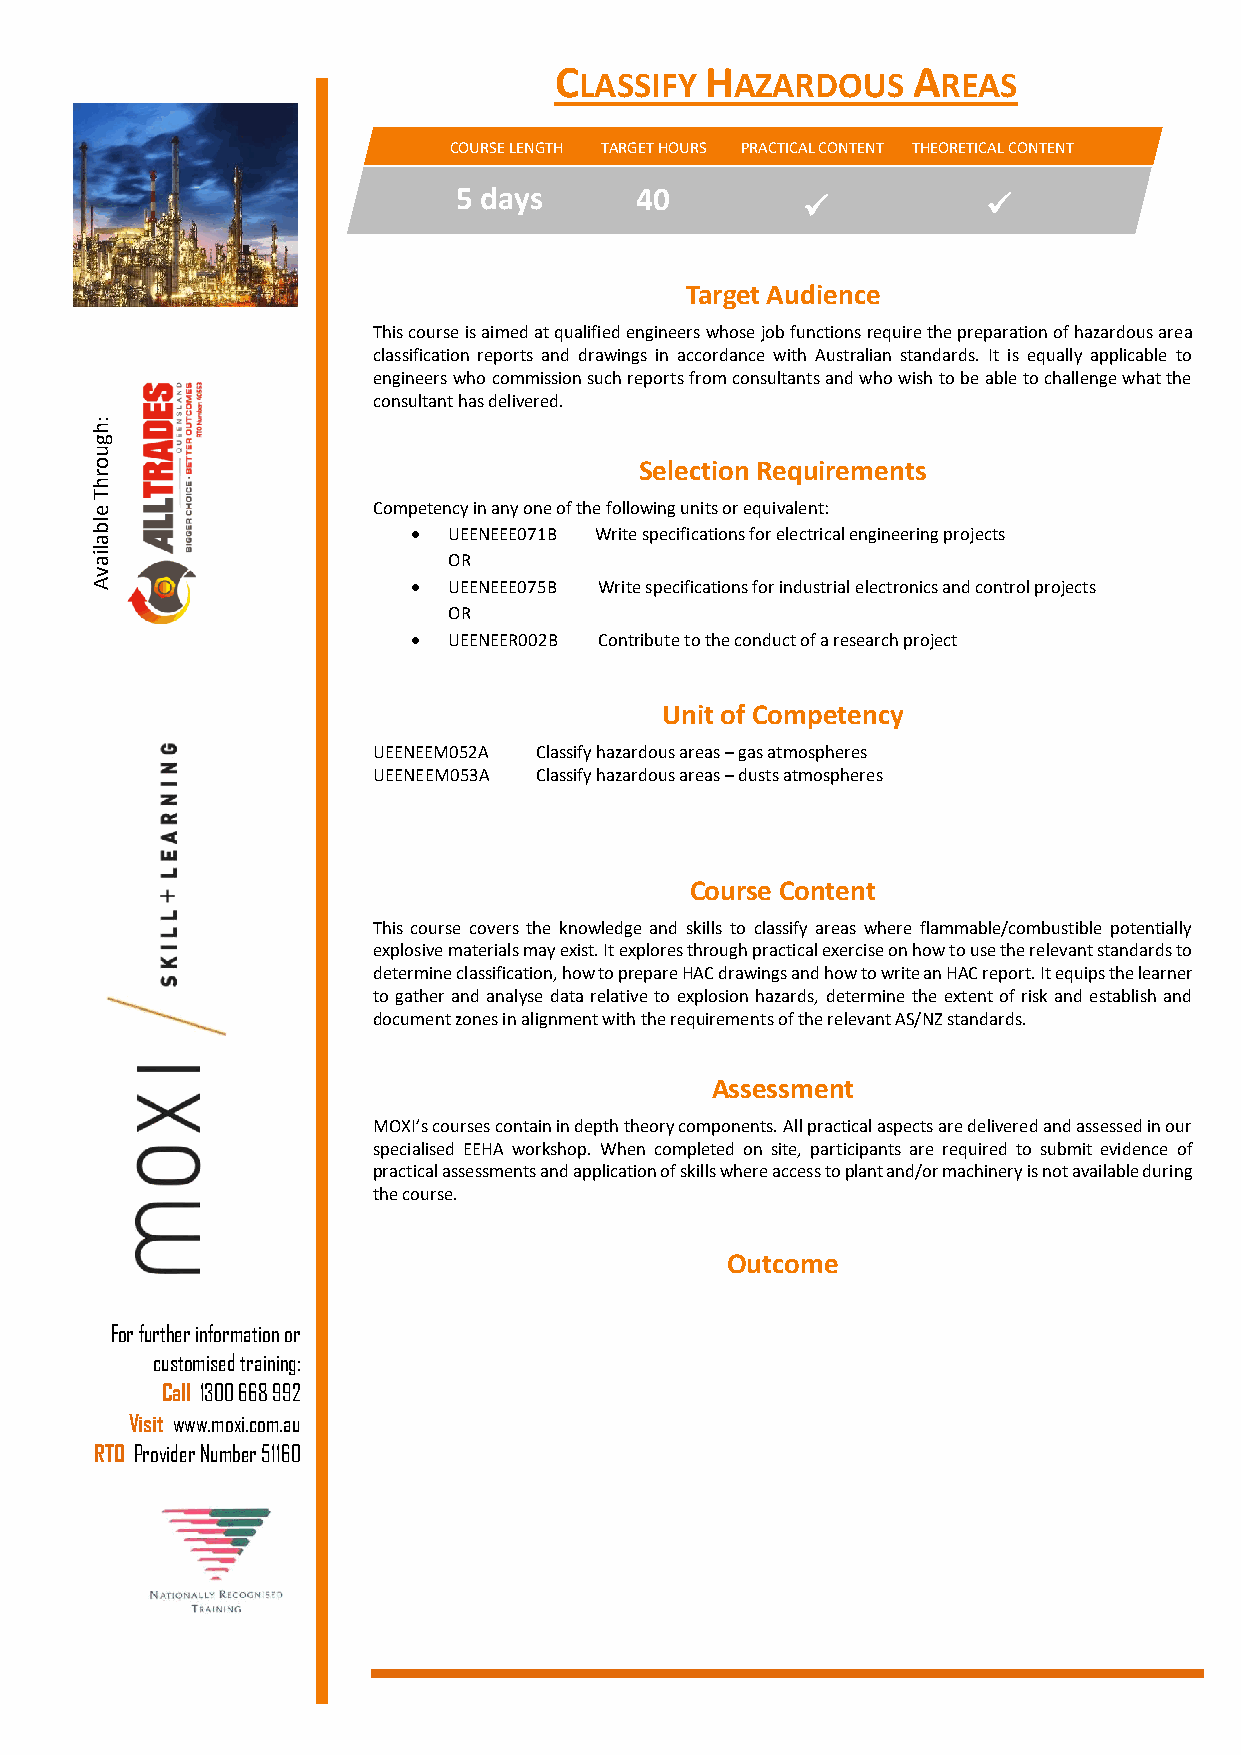
C         H            A
 LASSIFY    AZARDOUS     REAS
 COURSE LENGTH TARGET HOURS PRACTI CAL CONTENT THEORETICAL CONTENT
 5 days      40
 ✓           ✓
 Target Audience
 This course is aimed at qualified engineers whose job functions require the preparation of hazardous area
 classification reports and drawings in accordance with Australian standards. It is equally applicable to
 engineers who commission such reports from consultants and who wish to be able to challenge what the
 consultant has delivered.
 h:
 g
 u
 o                                   Selection Requirements
 r
 h
 T
 e                  Competency in any one of the following units or equivalent:
 lb
 •  UEENEEE071B Write specifications for electrical engineering projects
 a
 lia
 OR
 v
 A                    •  UEENEEE075B Write specifications for industrial electronics and control projects
 OR
 •  UEENEER002B Contribute to the conduct of a research project
 Unit of Competency
 UEENEEM052A Classify hazardous areas – gas atmospheres
 UEENEEM053A Classify hazardous areas – dusts atmospheres
 Course Content
 This course covers the knowledge and skills to classify areas where flammable/combustible potentially
 explosive materials may exist. It explores through practical exercise on how to use the relevant standards to
 determine classification, how to prepare HAC drawings and how to write an HAC report. It equips the learner
 to gather and analyse data relative to explosion hazards, determine the extent of risk and establish and
 document zones in alignment with the requirements of the relevant AS/NZ standards.
 Assessment
 MOXI’s courses contain in depth theory components. All practical aspects are delivered and assessed in our
 specialised EEHA workshop. When completed on site, participants are required to submit evidence of
 practical assessments and application of skills where access to plant and/or machinery is not available during
 the course.
 Outcome
 On successful completion, learners will be awarded with a Statement of Attainment in partial completion of
 the Advanced Diploma of Electrical Engineering – Explosion Protection (UEE61211).
 For further information or
 customised training:
 Call 1300 668 992
 Visit www.moxi.com.au
 RTO Provider Number 51160